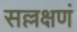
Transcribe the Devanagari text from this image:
सल्लक्षणं